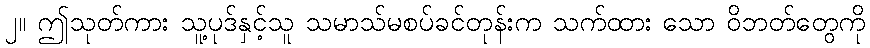
၂။ ဤသုတ်ကား သူ့ပုဒ်နှင့်သူ သမာသ်မစပ်ခင်တုန်းက သက်ထား သော ဝိဘတ်တွေကို